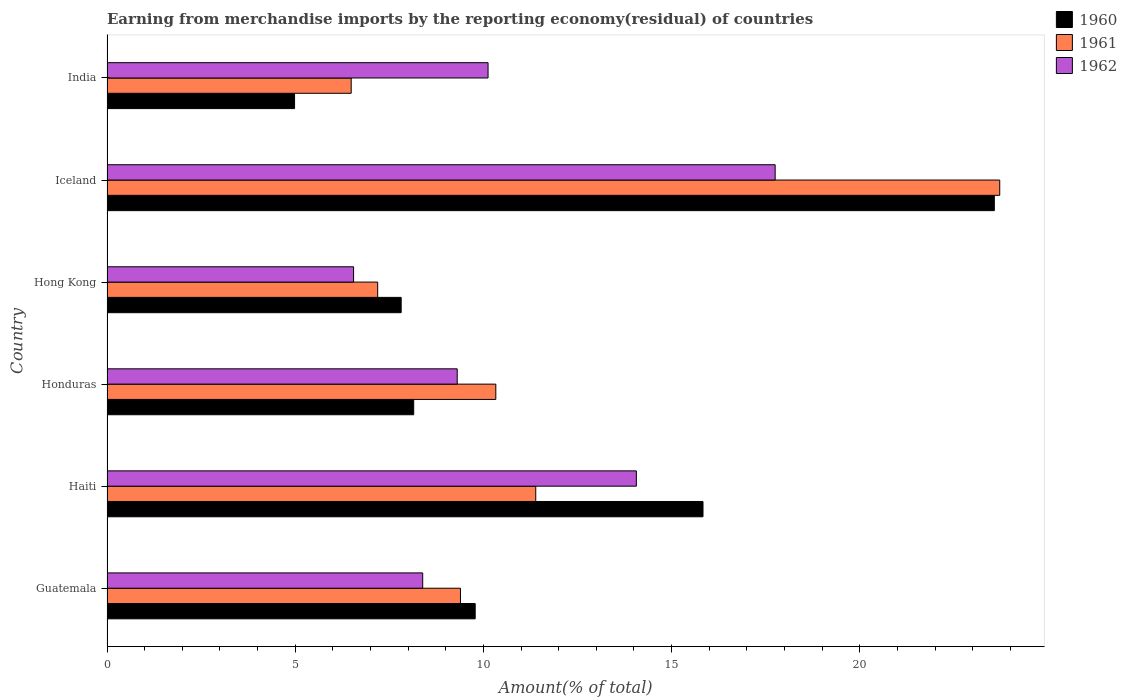
| Country | 1960 | 1961 | 1962 |
 | --- | --- | --- | --- |
 | Guatemala | 9.78 | 9.39 | 8.39 |
 | Haiti | 15.8 | 11.4 | 14.1 |
 | Honduras | 8.15 | 10.3 | 9.31 |
 | Hong Kong | 7.82 | 7.19 | 6.55 |
 | Iceland | 23.6 | 23.7 | 17.8 |
 | India | 4.98 | 6.49 | 10.1 |